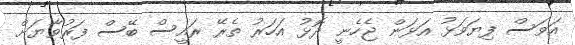
އަވަސް ފިޔަވަޅު އަޅަން ޖެހެނީ ދޮޅު އަހަރު ތެރޭ ރައީސް ބޭސް ފަރުވާޔަށް